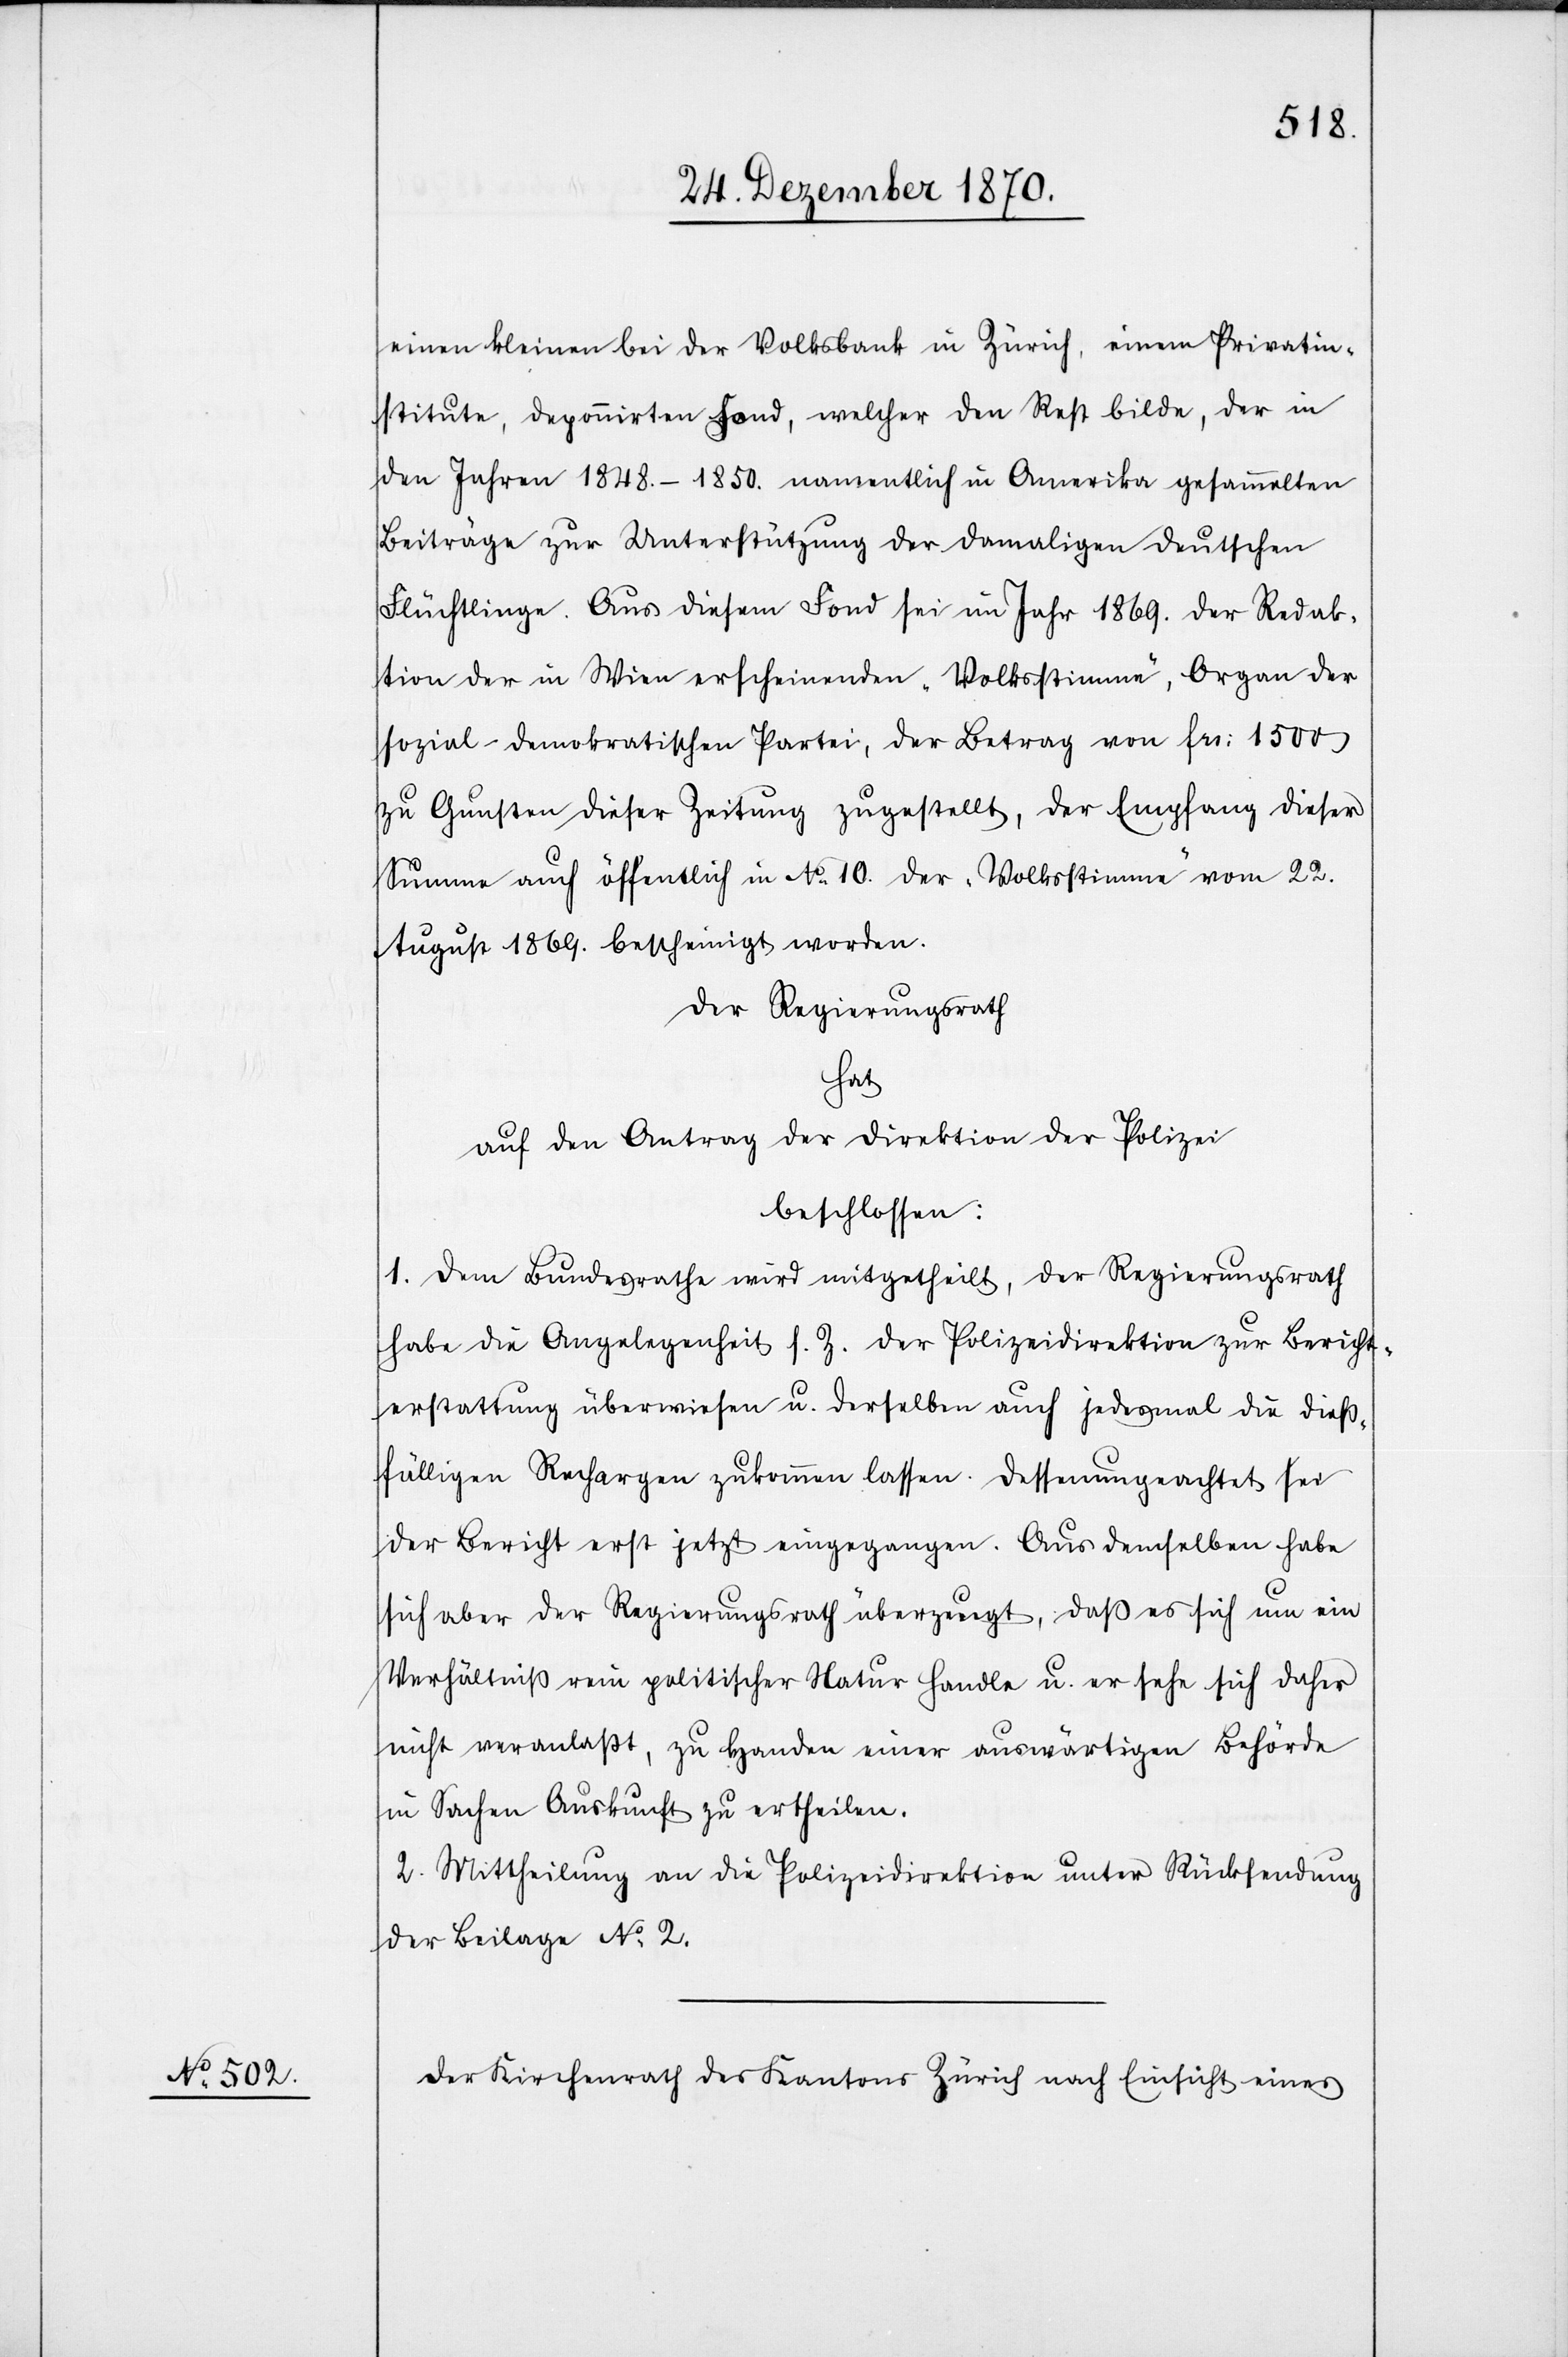
nstitute, deponirten Fond, welcher den Rest bilde, der in
den Jahren 1848–1850. namentlich in Amerika gesammelten
Beiträge zur Unterstützung der damaligen deutschen
Flüchtlinge. Aus diesem Fond sei im Jahr 1869. der Redak¬
tion der in Wien erscheinenden „Volksstimme“, Organ der
sozial-demokratischen Partei, der Betrag von Frs: 1500
zu Gunsten dieser Zeitung zugestellt, der Empfang dieser
Summe auch öffentlich in No 10. der „Volksstimme“ vom 22.
August 1869. bescheinigt worden.
Der Regierungsrath
hat
auf den Antrag der Direktion der Polizei
beschlossen:
1. Dem Bundesrathe wird mitgetheilt, der Regierungsrath
habe die Angelegenheit s. Z. der Polizeidirektion zur Bericht¬
erstattung überwiesen u. derselben auch jedes Mal die dieß¬
fälligen Rechargen zukommen lassen. Dessenungeachtet sei
der Bericht erst jetzt eingegangen. Aus demselben habe
sich aber der Regierungsrath überzeugt, daß es sich um ein
Verhältniß rein politischer Natur handle u. er sehe sich daher
nicht veranlaßt, zu Handen einer auswärtigen Behörde
in Sachen Auskunft zu ertheilen.
2. Mittheilung an die Polizeidirektion unter Rücksendung
der Beilage No 2.
Der Kirchenrath des Kantons Zürich nach Einsicht eines